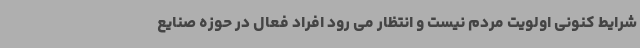
شرایط کنونی اولویت مردم نیست و انتظار می رود افراد فعال در حوزه صنایع